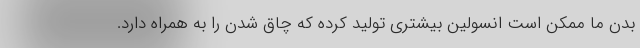
بدن ما ممکن است انسولین بیشتری تولید کرده که چاق شدن را به همراه دارد.